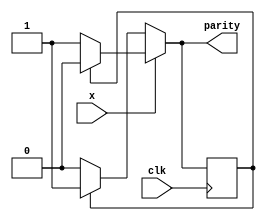
`timescale 1ns/1ps

module mealy_parity_checker(input clk, input x, output reg parity);
reg state, nextstate;

initial begin
  state <= 0;
end

always @(posedge clk)
state <= nextstate;

always @(state or x)
begin
  if(x)
  begin
    if(state)
    begin
      parity = 0;
      nextstate = 0;
    end
    else
    begin
      parity = 1;
      nextstate = 1;
    end
  end
  else 
  begin
    if(state)
    begin
      parity = 1;
      nextstate = 1;
    end
    else
    begin
      parity = 0;
      nextstate = 0;
    end
  end
end
endmodule